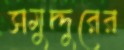
সমুদ্দুরের